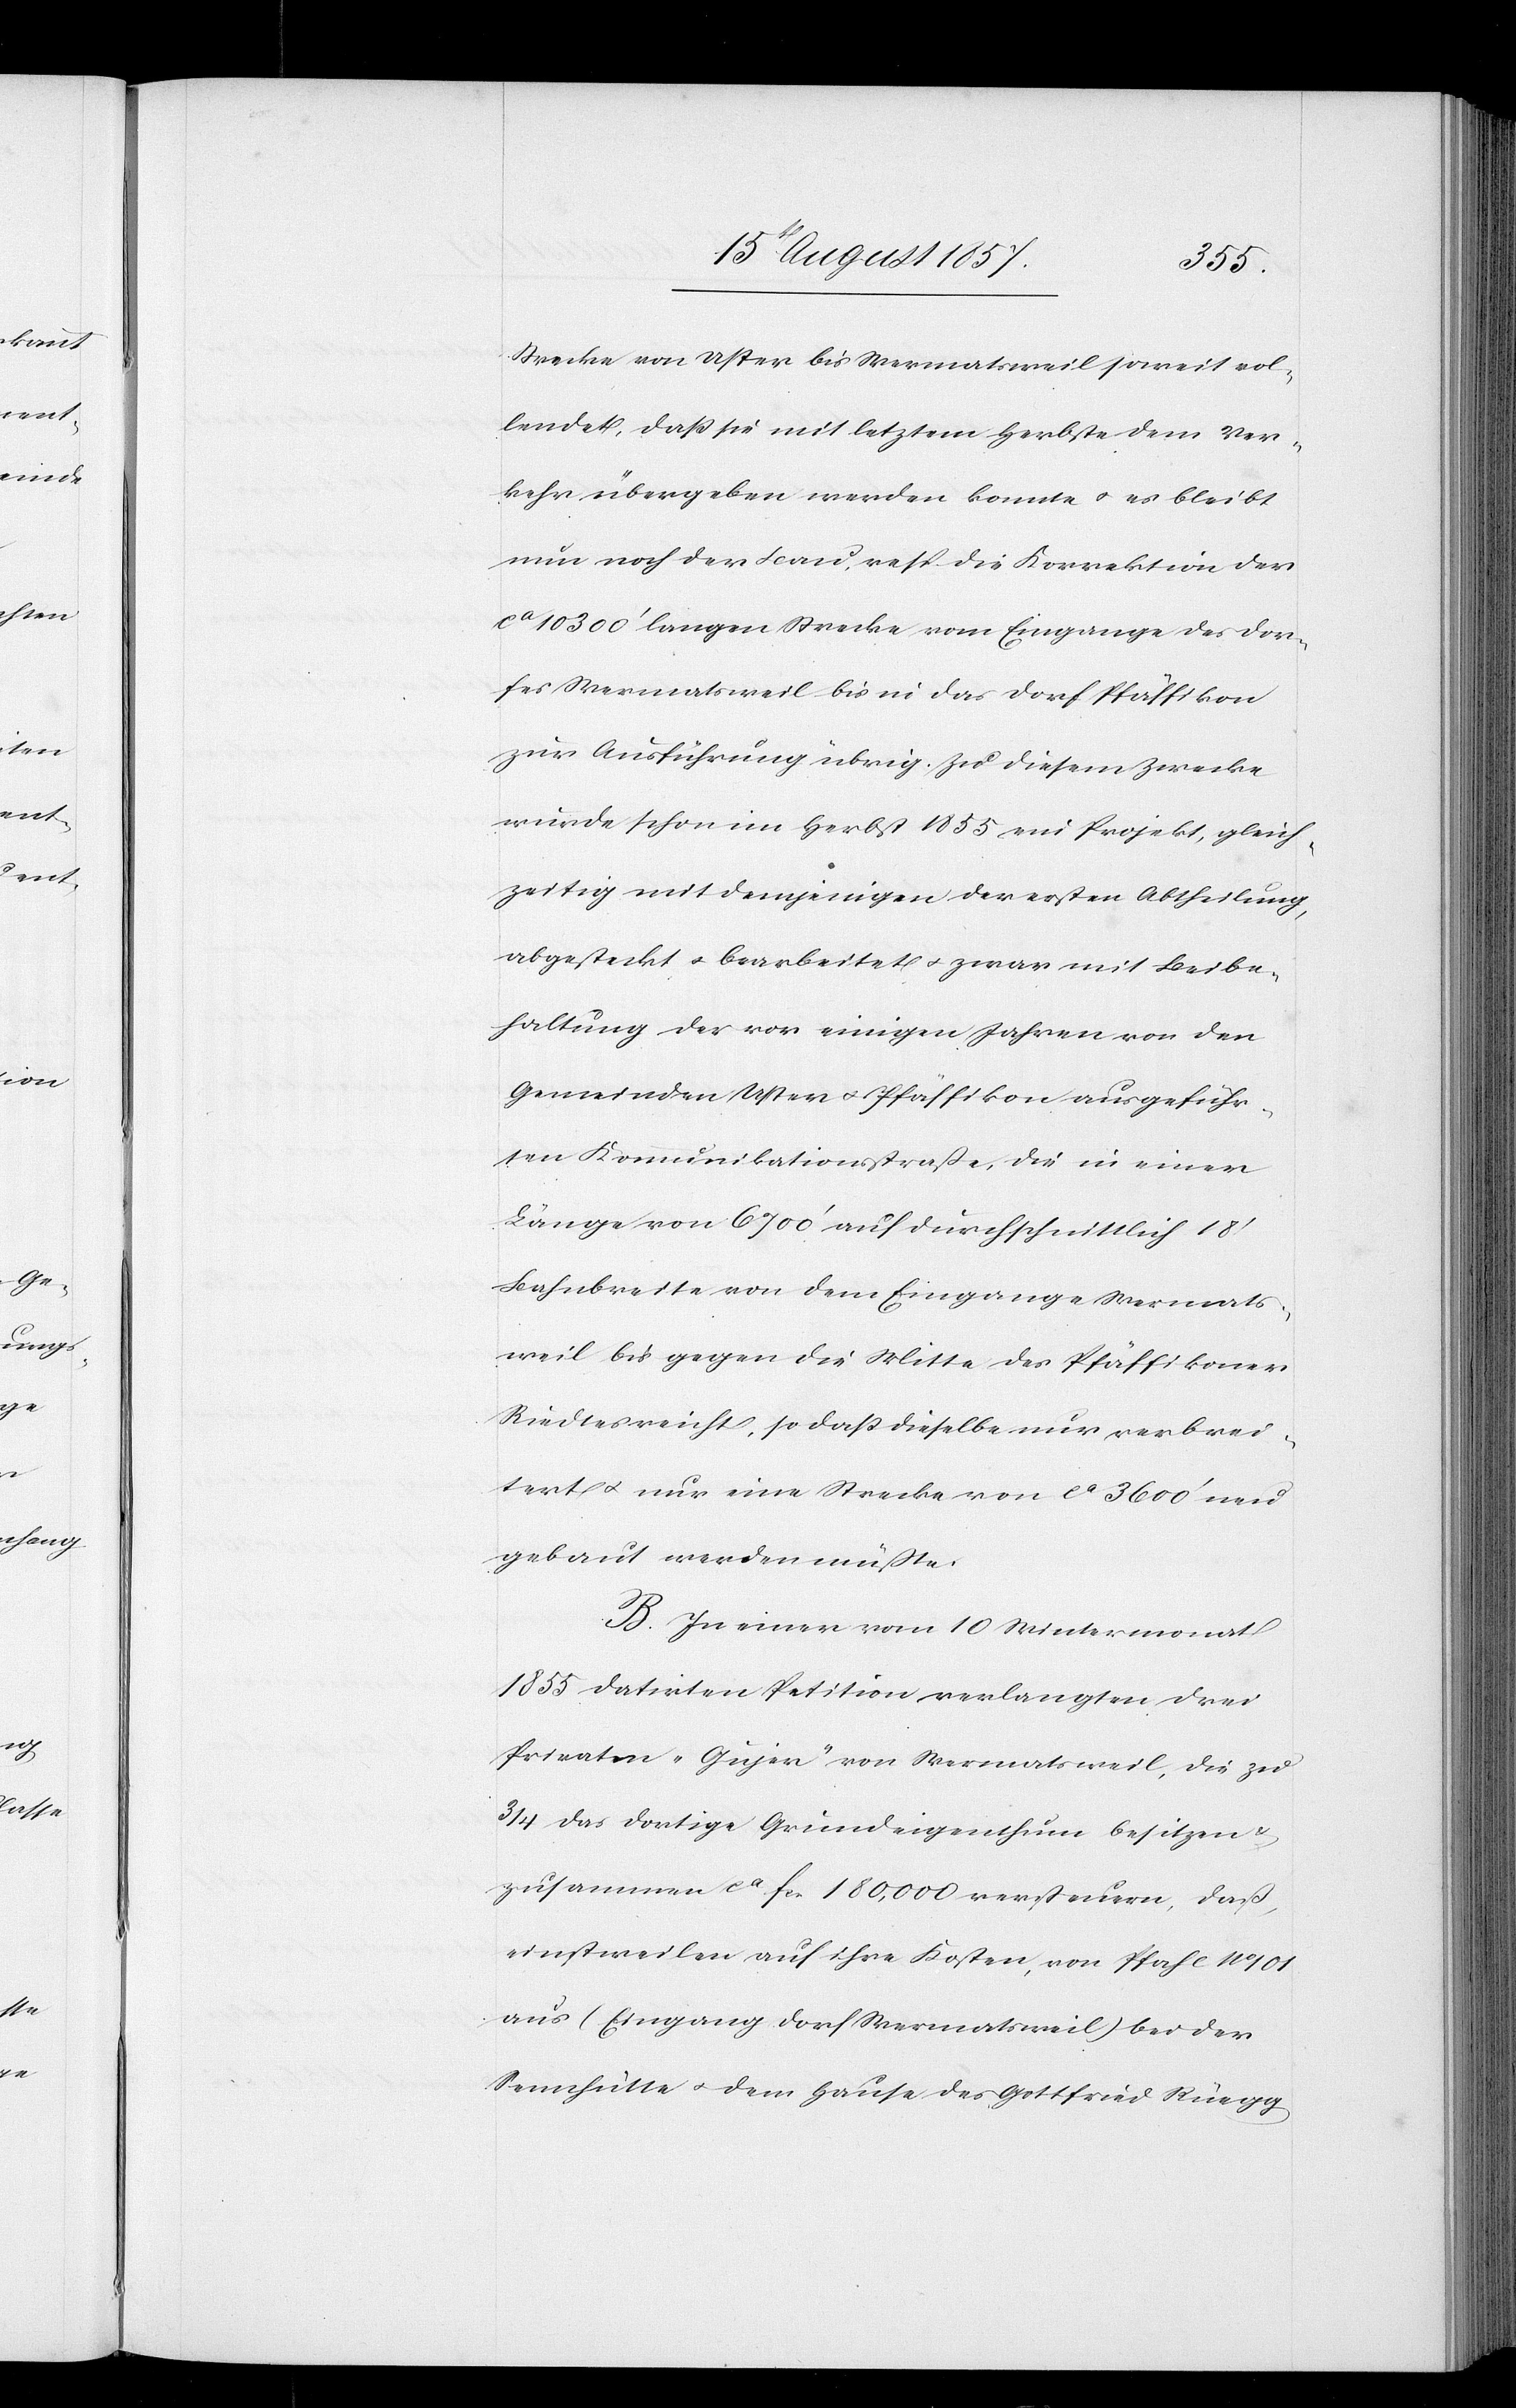
Strecke von Uster bis Wermatsweil soweit vol¬
lendet, daß sie mit letztem Herbste dem Ver¬
kehr übergeben werden konnte & es bleibt
nun noch der Bau, resp. die Korrektion der
ca 10300’ langen Strecke vom Eingange des Dor¬
fes Wermatsweil bis in das Dorf Pfäffikon
zur Ausführung übrig. Zu diesem Zwecke
wurde schon im Herbst 1855 ein Projekt, gleich¬
zeitig mit demjenigen der ersten Abtheilung,
abgesteckt & bearbeitet & zwar mit Beibe¬
haltung der vor einigen Jahren von den
Gemeinden Uster & Pfäffikon ausgeführ¬
ten Kommunikationsstraße, die in einer
Länge von 6700’ auf durchschnittlich 18’
Bahnbreite von dem Eingange Wermats¬
weil bis gegen die Mitte des Pfäffikoner
Riedtes reicht, so daß dieselbe nur verbrei¬
tert & nur eine Strecke von ca 3600’ neu
gebaut werden müßte.
B. In einer vom 10 Wintermonat
1855 datirten Petition verlangten drei
Privaten „Gujer“ von Wermatsweil, die zu
3/4 das dortige Grundeigenthum besitzen &
zusammen ca fcs 180,000 versteuern, daß,
einstweilen auf ihre Kosten, von Pfahl No 101
aus (Eingang Dorf Wermatsweil) bei der
Sennhütte & dem Hause des Gottfried Rüegg